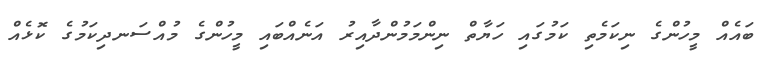
ބައެއް މީހުންގެ ނިކަމެތި ކަމުގައި ހަޔާތް ނިންމަމުންދާއިރު އަނެއްބައި މީހުންގެ މުއްސަނދިކަމުގެ ކޮޅެއް